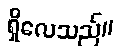
ရှိလေသည်။